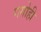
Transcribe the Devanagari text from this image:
गगोही